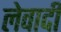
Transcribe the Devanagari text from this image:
लेवादी